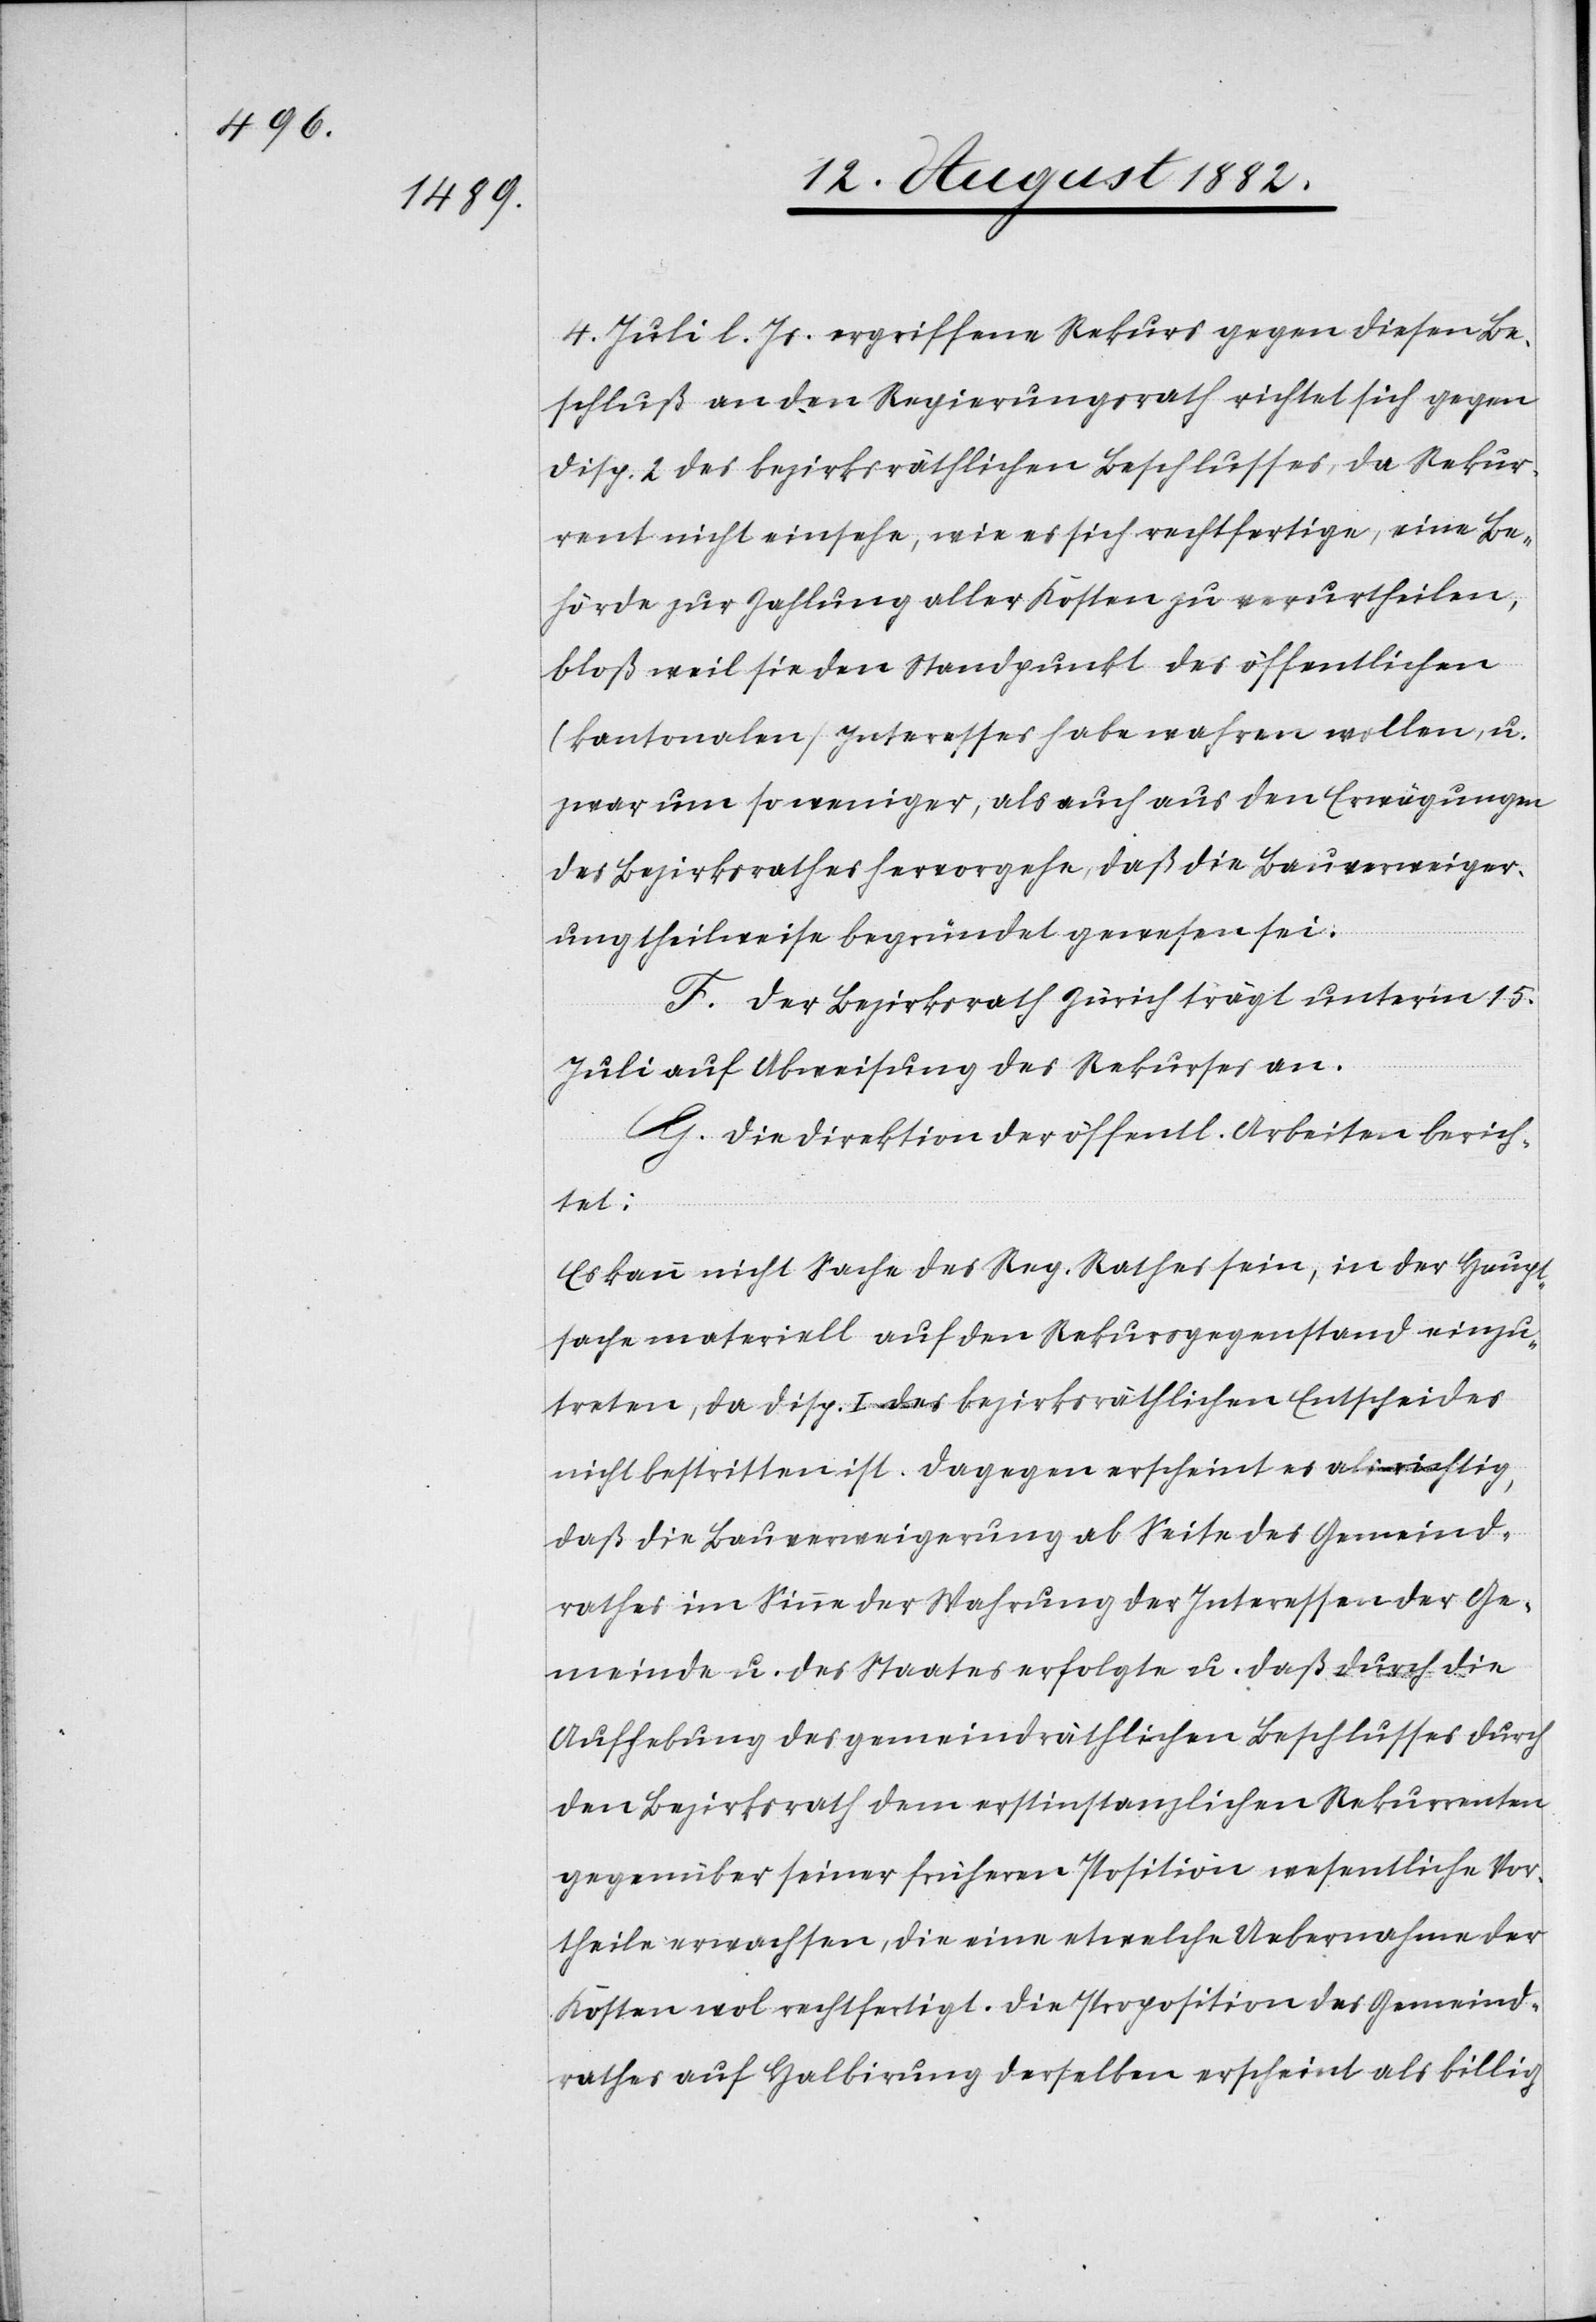
4. Juli l. Js. ergriffene Rekurs gegen diesen Be¬
schluß an den Regierungsrath richtet sich gegen
Disp. 2 des bezirksräthlichen Beschlusses, da Rekur¬
rent nicht einsehe, wie es sich rechtfertige, eine Be¬
hörde zur Zahlung aller Kosten zu verurtheilen,
bloß weil sie den Standpunkt des öffentlichen
(kantonalen) Interesses habe wahren wollen, u.
zwar um so weniger, als auch aus den Erwägungen
des Bezirksrathes hervorgehe, daß die Bauverweiger¬
ung theilweise begründet gewesen sei.
F. Der Bezirksrath Zürich trägt unter’m 15.
Juli auf Abweisung des Rekurses an.
G. Die Direktion der öffentl. Arbeiten berich¬
tet:
Es kann nicht Sache des Reg. Rathes sein, in der Haupt¬
sache materiell auf den Rekursgegenstand einzu¬
treten, da Disp. I des bezirksräthlichen Entscheides
nicht bestritten ist. Dagegen erscheint es als richtig,
daß die Bauverweigerung ab Seite des Gemeind¬
rathes im Sinne der Wahrung der Interessen der Ge¬
meinde u. des Staates erfolgte u. daß durch die
Aufhebung des gemeindräthlichen Beschlusses durch
den Bezirksrath dem erstinstanzlichen Rekurrenten
gegenüber seiner früheren Position wesentliche Vor¬
theile erwachsen, die eine etwelche Uebernahme der
Kosten wol rechtfertigt. Die Proposition des Gemeind¬
rathes auf Halbirung derselben erscheint als billig